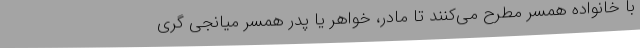
با خانواده همسر مطرح می‌کنند تا مادر، خواهر یا پدر همسر میانجی گری